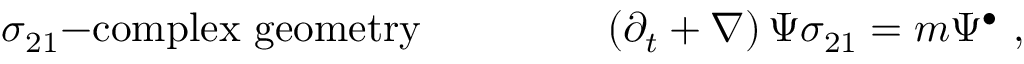
\sigma _ { 2 1 } \mathrm { - c o m p l e x ~ g e o m e t r y } ~ ~ ~ ~ ~ ~ ~ ~ ~ ~ ~ ~ ~ \left( \partial _ { t } + \nabla \right) \Psi \sigma _ { 2 1 } = m \Psi ^ { \bullet } ~ ,